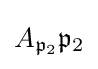
A_{{\mathfrak {p}}_{2}}{\mathfrak {p}}_{2}